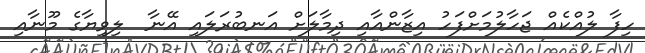
ހިފާ ލުއްކެއް ޖަހާލުމަށްފަހު އިޒާންއާއި ދިމާލަށް އަނބުރަލައި އޭނާ  ލިވިޔާގެ މޫނާއި